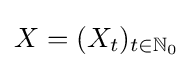
X=(X_{t})_{t\in \mathbb {N} _{0}}